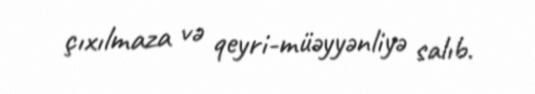
çıxılmaza və qeyri-müəyyənliyə salıb.